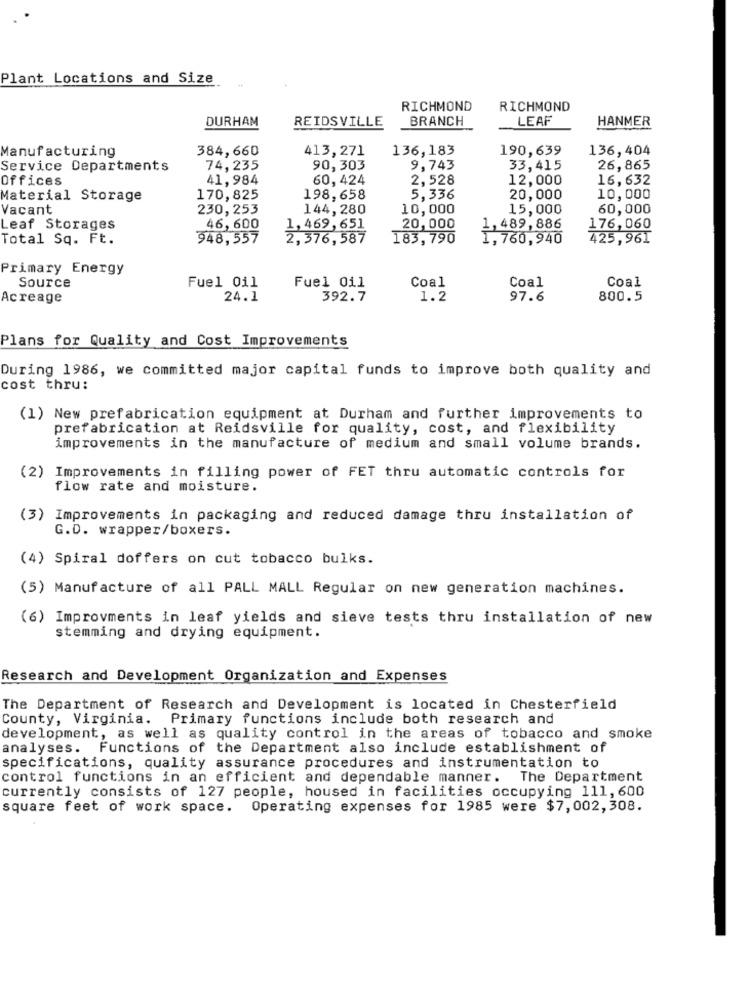
Plant Locations and Size
RICHMOND
RICHMOND
DURHAM
REIDSVILLE
BRANCH
LEAF
HANMER
384,660
413,271
136,183
190,639
136,404
Manufacturing
Service Departments
74,235
90,303
9,743
33,415
26,865
Offices
41,984
60,424
2,528
12,000
16,632
Material Storage
170,825
198,658
5,336
20,000
10,000
Vacant
230,253
144,280
10,000
15,000
60,000
Leaf Storages
46,600
1,469,651
20,000
1,489,886
176,060
Total Sq. Ft.
948,557
2,376,587
183,790
1,760,940
425,961
Primary Energy
Fuel Oil
Coal
Coal
Coal
Source
Fuel Oil
Acreage
24.1
392.7
1.2
97.6
800.5
Plans for Quality and Cost Improvements
During 1986, we committed major capital funds to improve both quality and
cost thru:
(1) New prefabrication equipment at Durham and further improvements to
prefabrication at Reidsville for quality, cost, and flexibility
improvements in the manufacture of medium and small volume brands.
(2) Improvements in filling power of FET thru automatic controls for
flow rate and moisture.
(3) Improvements in packaging and reduced damage thru installation of
G.D. wrapper/boxers.
(4) Spiral doffers on cut tobacco bulks.
(5) Manufacture of all PALL MALL Regular on new generation machines.
(6) Improvments in leaf yields and sieve tests thru installation of new
stemming and drying equipment.
Research and Development Organization and Expenses
The Department of Research and Development is located in Chesterfield
County, Virginia. Primary functions include both research and
development, as well as quality control in the areas of tobacco and smoke
analyses. Functions of the Department also include establishment of
specifications, quality assurance procedures and instrumentation to
control functions in an efficient and dependable manner. The Department
currently consists of 127 people, housed in facilities occupying 111, 600
square feet of work space. Operating expenses for 1985 were $7,002,308.